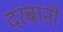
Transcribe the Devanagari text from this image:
दरबानों